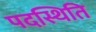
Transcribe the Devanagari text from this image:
पदस्थिति